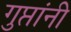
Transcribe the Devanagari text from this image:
गुप्तांनी